system: You are a helpful assistant.
user:
Analyze the provided spectrum to determine if it is a **"Cataclysmic Variables (CV)"**.

- **Key Indicators for CV (Check for either state):**
    - **State 1: Quiescent / Low-State (Emission-Dominated)**
        - **(Primary):** Strong and *very broad* Hydrogen Balmer emission lines (e.g., $H\alpha$ at 6563 Å, $H\beta$ at 4861 Å). The 'broadness' (high velocity dispersion, often FWHM > 1000 km/s) is the key diagnostic, indicating a high-velocity accretion disk.
        - **(Secondary):** Broad neutral Helium (He I) emission lines (e.g., 5876 Å, 6678 Å).
        - **(Key Confirmation):** Presence of high-excitation *ionized* Helium (He II) emission at 4686 Å. This is a strong indicator of accretion onto a white dwarf.
        - **(Line Profile):** Emission lines may exhibit a 'double-peaked' profile, which is a classic signature of a rotating accretion disk viewed at high inclination.

    - **State 2: Outburst / High-State (Absorption-Dominated)**
        - **(Primary):** Spectrum is dominated by a bright, blue continuum (looks like a hot star).
        - **(Secondary):** The emission lines from State 1 are weak, absent, or 'filled in', and are replaced by broad, shallow *absorption* lines (primarily Balmer and He I).
        - **(Morphology):** The overall spectrum mimics a hot B/A-type star. The crucial difference is that the absorption lines are significantly broader, shallower, and more 'washed-out' (or 'smeared') than the sharp lines of a normal stellar photosphere, due to high rotational speeds and pressure broadening in the disk.

Think first, call **spectral_visualization_tool** if needed to examine features in detail, then provide your final answer. Your response must adhere to the following strict rules:
1.  **Overall Structure:** Your response must follow the format `<think>...</think> <tool_call>...</tool_call> (if a tool is used) <answer>...</answer>`.
2.  **Tool Usage Constraint:** You may only make **one** tool call per turn.
3.  **Final Answer Format:** In the `<answer>` tag, your conclusion must be inside a `\boxed{}` command (e.g., `\boxed{YES}`), followed by your justification.

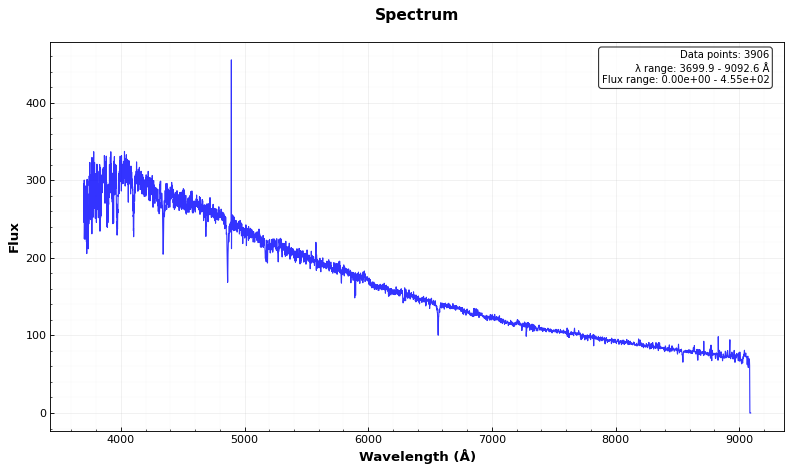
Answer: NO